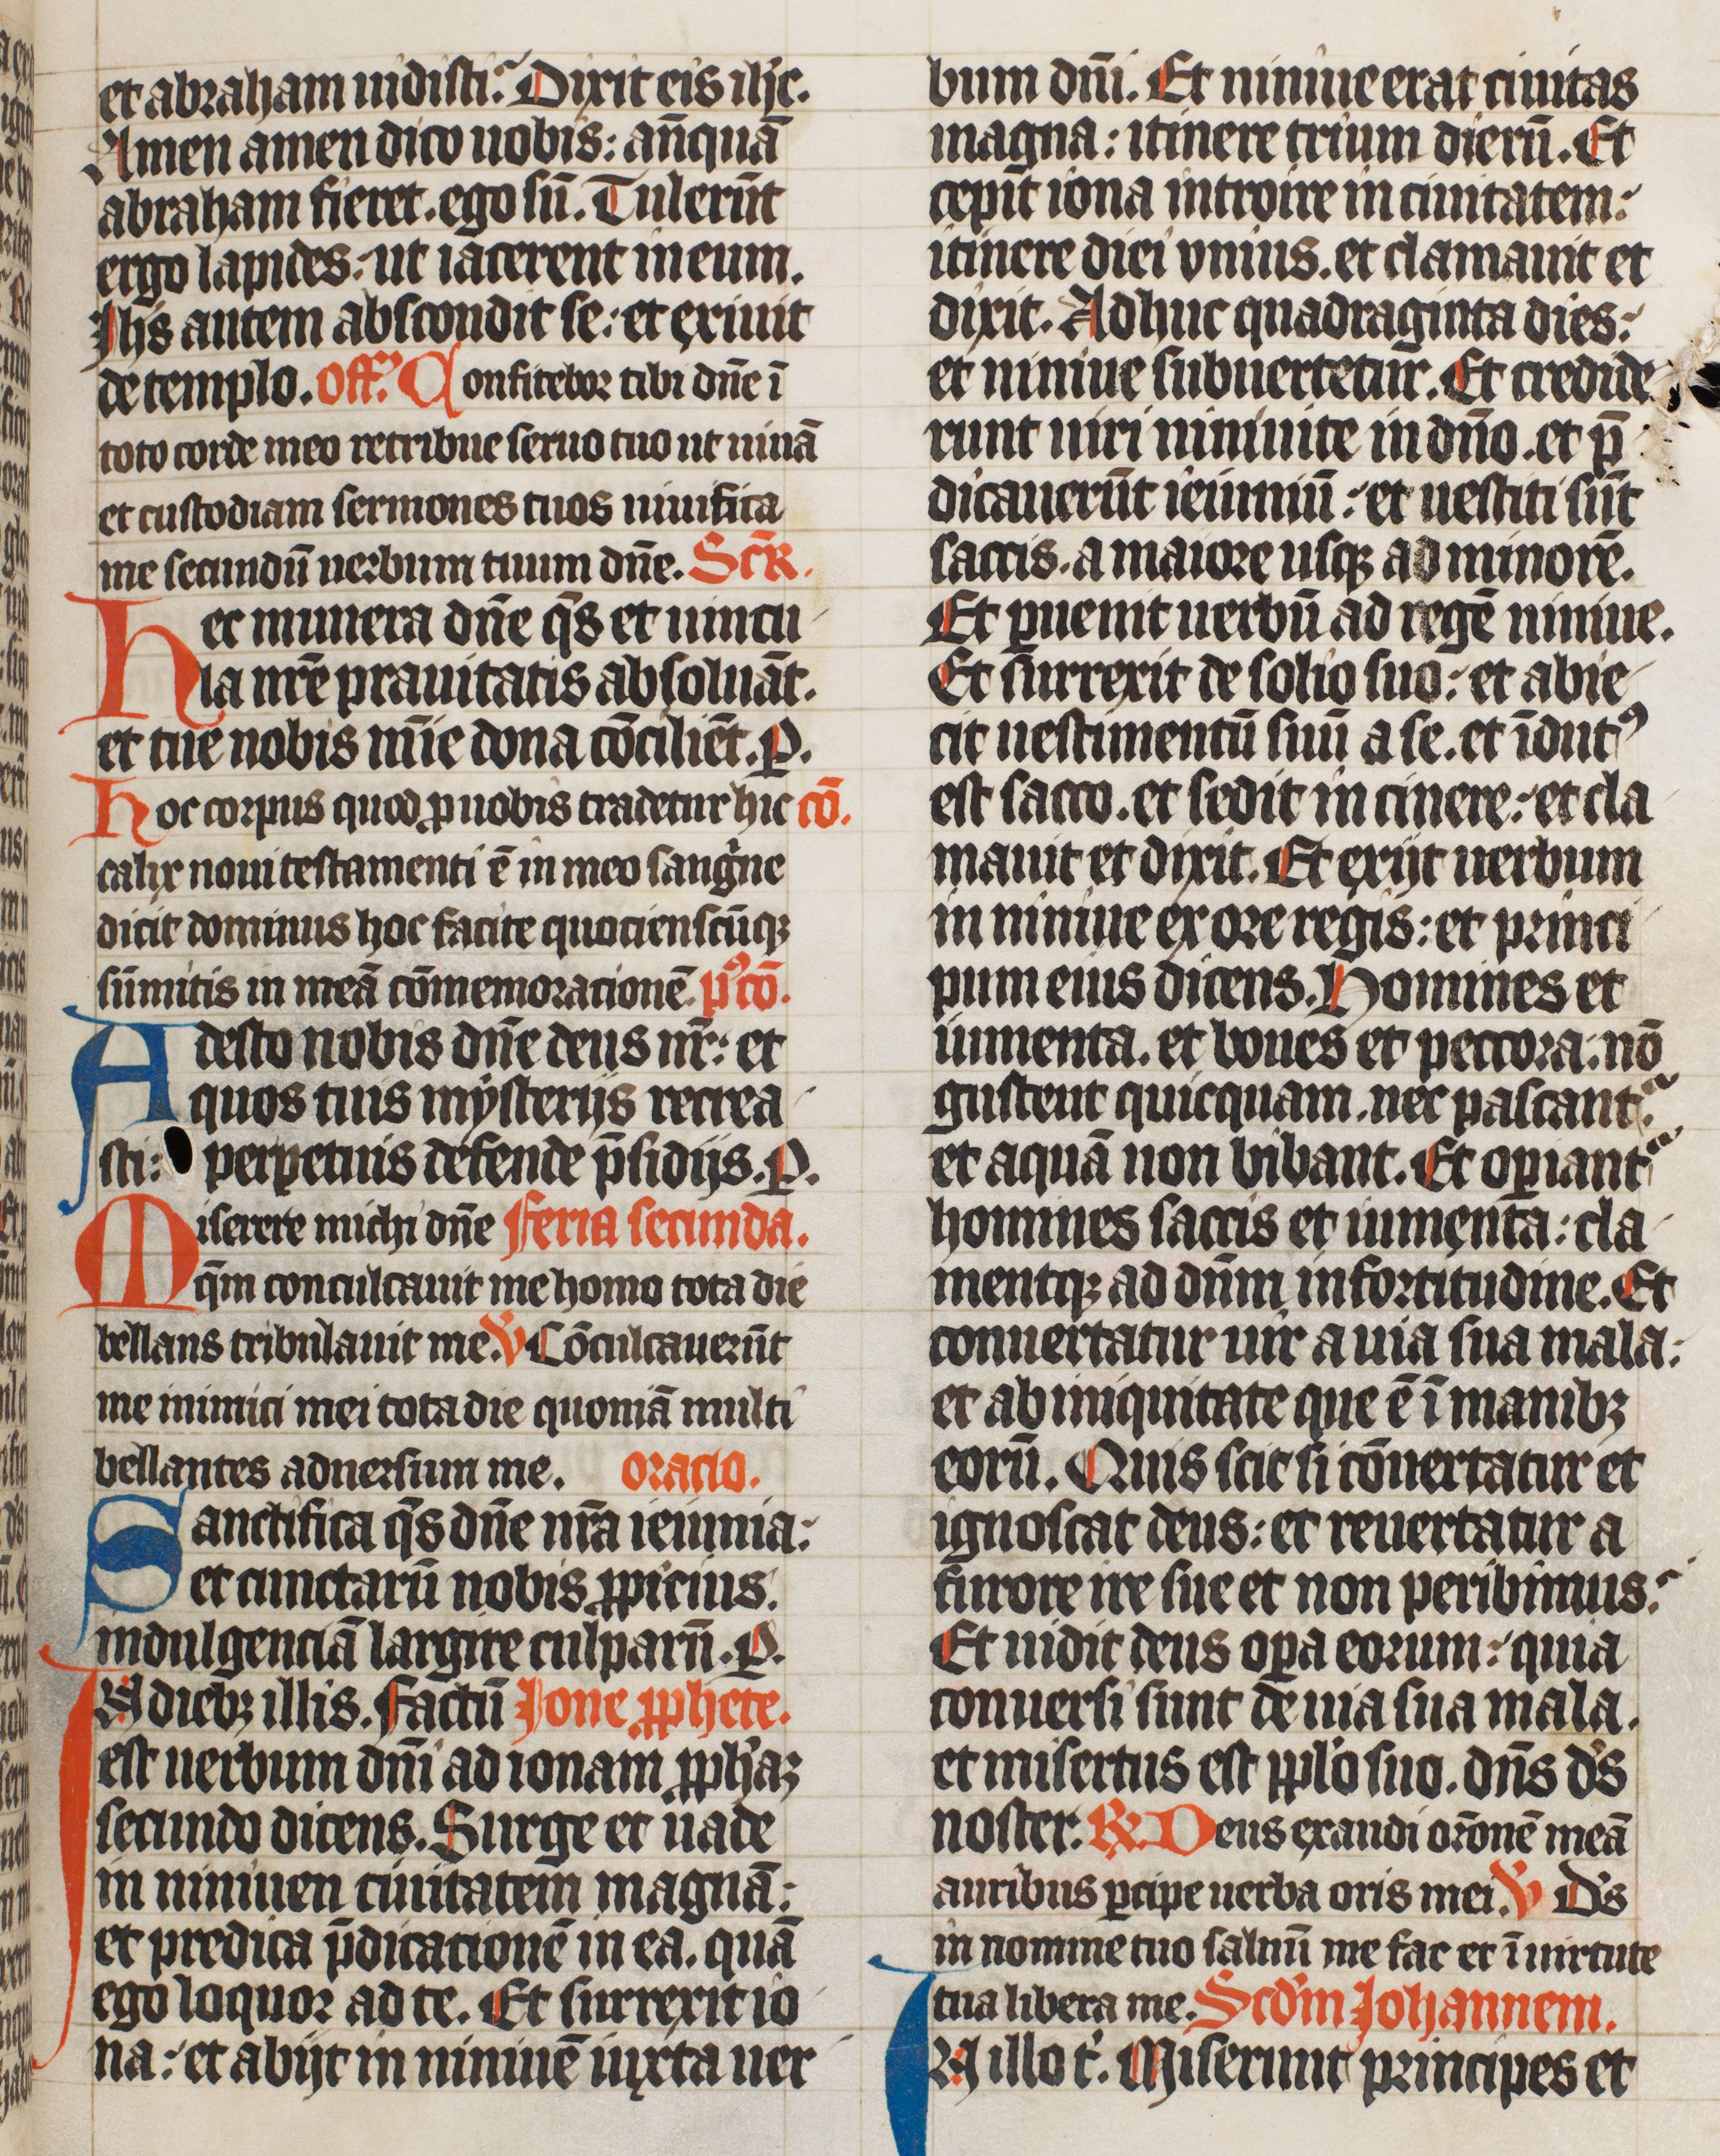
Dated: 1420–1429